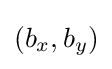
(b_{x},b_{y})